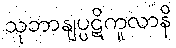
သုဘာနျပ္ပဋိကူလာနိ